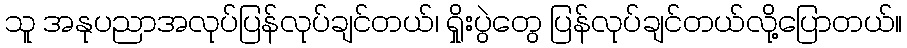
သူ အနုပညာအလုပ်ပြန်လုပ်ချင်တယ်၊ ရှိုးပွဲတွေ ပြန်လုပ်ချင်တယ်လို့ပြောတယ်။